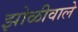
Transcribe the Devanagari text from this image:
झोळीवाले